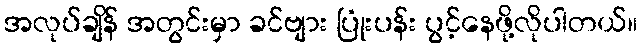
အလုပ်ချိန် အတွင်းမှာ ခင်ဗျား ပြုံးပန်း ပွင့်နေဖို့လိုပါတယ်။